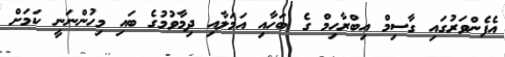
އެފެންވަރުގައި ގާސިމް އިބްރާހިމް ގެ ބަހާއި އަމަލާއި ދިމާވުމުގެ ބައި މިހުންނަނީ ކަމަށް